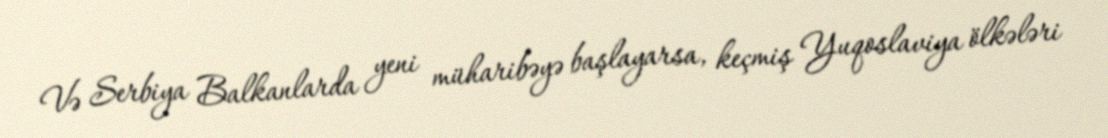
Və Serbiya Balkanlarda yeni müharibəyə başlayarsa, keçmiş Yuqoslaviya ölkələri